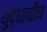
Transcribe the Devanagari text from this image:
युद्धाचीच